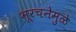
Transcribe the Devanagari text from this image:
भूरचनेमुळे